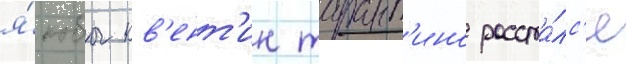
я́кобы кв'ент'ин тарант'ино расста́лс'я